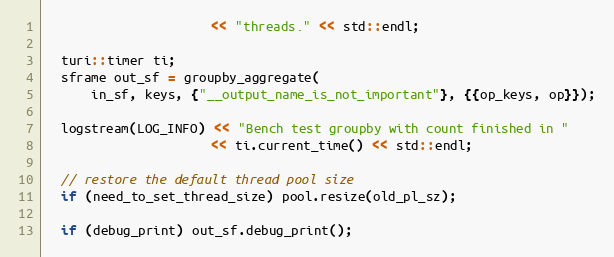
Language: C++
                      << "threads." << std::endl;

  turi::timer ti;
  sframe out_sf = groupby_aggregate(
      in_sf, keys, {"__output_name_is_not_important"}, {{op_keys, op}});

  logstream(LOG_INFO) << "Bench test groupby with count finished in "
                      << ti.current_time() << std::endl;

  // restore the default thread pool size
  if (need_to_set_thread_size) pool.resize(old_pl_sz);

  if (debug_print) out_sf.debug_print();